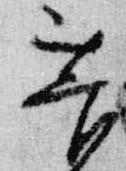
菅